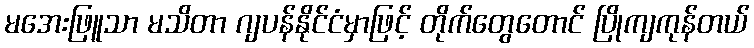
မအေးဖြူသာ မသိတာ ဂျပန်နိုင်ငံမှာဖြင့် တိုက်တွေတောင် ပြိုကျကုန်တယ်